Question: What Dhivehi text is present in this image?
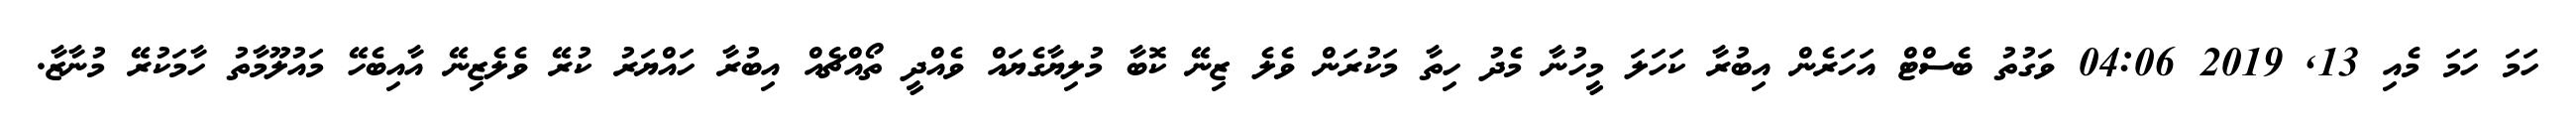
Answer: ހަމަ ހަމަ މެއި 13, 2019 04:06 ވަގުތު ބެސްޓް އަހަރެން އިބުރާ ކަހަލަ މީހުނާ މެދު ހިތާ މަކުރަން ވެލެ ޒިނޭ ކޮބާ މުލިޔާގެޔައް ވެއްދީ ތޯއްޗެއް އިބުރާ ހައްޔަރު ކުރޭ ވެލެޒިނޭ އާއިބެހޭ މައުލޫމާތު ހާމަކުރޭ މުނާޒާ.